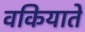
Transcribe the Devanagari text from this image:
वकियाते